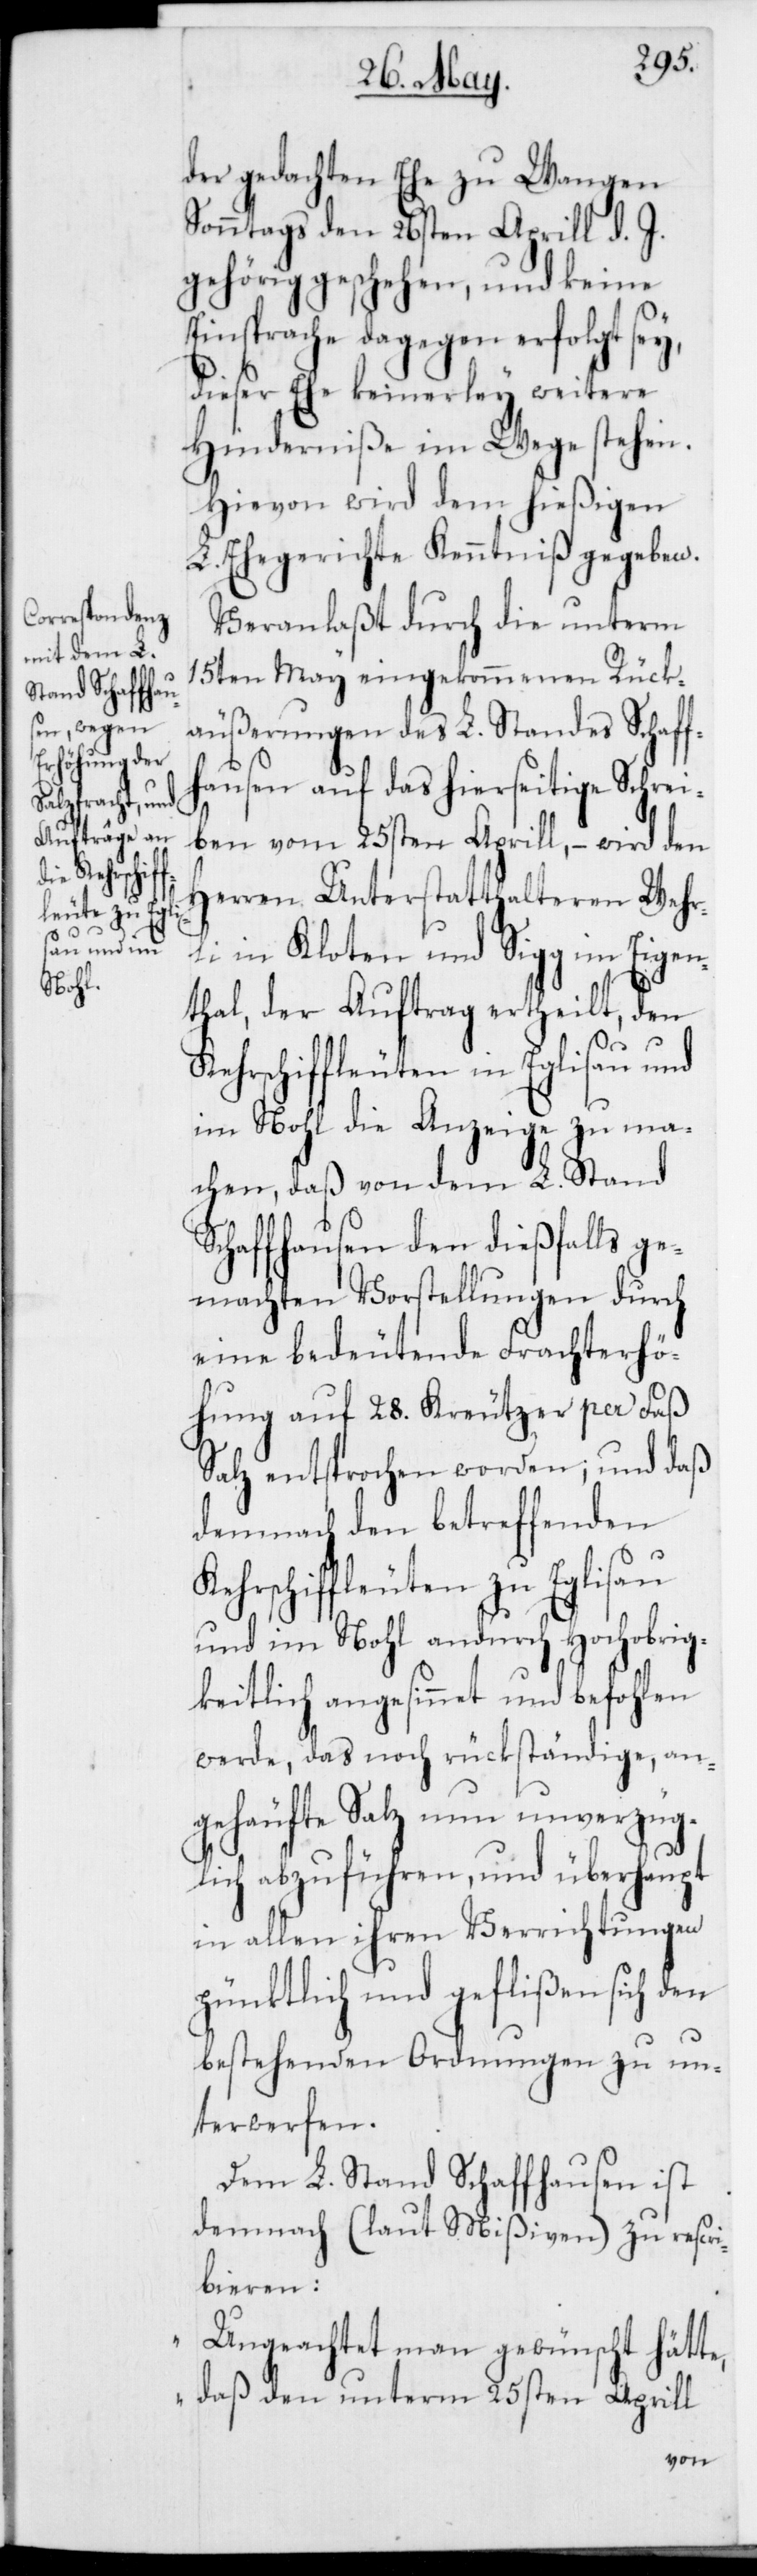
der gedachten Ehe zu Wangen
Sonntags den 26sten April d. J.
gehörig geschehen, und keine
Einsprache dagegen erfolgt sey,
dieser Ehe keinerley weitere
Hinderniße im Wege stehen.
Hievon wird dem hießigen
L. Ehegerichte Kenntniß gegeben.
Veranlaßt durch die unterm
15ten May eingekommenen Rück¬
äußerungen des L. Standes Schaff¬
hausen auf das hierseitige Schrei¬
ben vom 25sten Aprill, – wird den
Herren Unterstatthalteren Wehr¬
li in Kloten und Sigg im Eigen¬
thal, der Auftrag ertheilt, den
Kehrschiffleuten in Eglisau und
im Nohl die Anzeige zu ma¬
chen, daß von dem L. Stand
Schaffhausen den dießfalls ge¬
machten Vorstellungen durch
eine bedeutende Frachterhö¬
hung auf 28. Kreutzer per Faß
Salz entsprochen worden; und daß
demnach den betreffenden
Kehrschiffleuten zu Eglisau
und im Nohl andurch Hochobrig¬
keitlich angesinnet und befohlen
werde, das noch rückständige, an¬
gehäufte Salz nun unverzüg¬
lich abzuführen, und überhaupt
in allen ihren Verrichtungen
pünktlich und geflißen sich den
bestehenden Ordnungen zu un¬
terwerfen.
Dem L. Stand Schaffhausen ist
demnach (laut Mißiven) zu rescri¬
bieren:
„Ungeachtet man gewünscht hätte,
daß den unterm 25sten Aprill